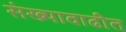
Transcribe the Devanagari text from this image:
संख्यावाढीत